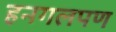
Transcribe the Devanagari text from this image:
हनगलपण